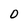
Character: O